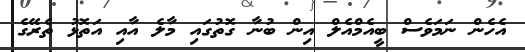
އެހެން ނަމަވެސް ބީއެމްއެލް އިން ބުނާ ގޮތުގައި މާލެ އާއި އަތޮޅު ތެރޭގެ